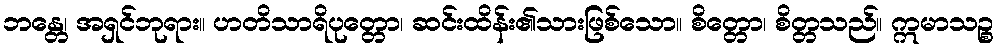
ဘန္တေ၊ အရှင်ဘုရား။ ဟတိသာရိပုတ္တော၊ ဆင်းထိန်း၏သားဖြစ်သော။ စိတ္တော၊ စိတ္တသည်။ ဣမာသဉ္စ